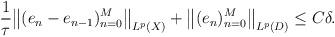
LaTeX: \begin{align*} \begin{aligned}&\frac{1}{\tau}\big\|(e_n-e_{n-1} )_{n=0}^M\big\|_{ L^p(X)} + \big\|(e_n )_{n=0}^M\big\|_{ L^p(D)} \le C\delta . \end{aligned}\end{align*}